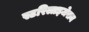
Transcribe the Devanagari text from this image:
स्टरिलाइजेसन